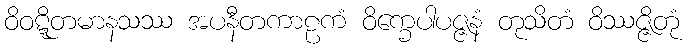
ဝိဝဋ္ဋိတမာနသဿ အပနီတကာဠကံ ဝိက္ခေပါပဇ္ဇနံ တုသိတံ ဝိဿဇ္ဇိတုံ